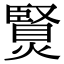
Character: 𤏿